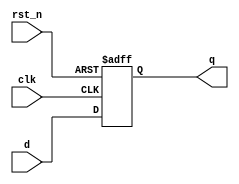
`timescale 1ns / 1ps

module d_ff_async_reset(clk,rst_n,d,q);
input clk,rst_n;
input d;
output reg q;


always @(posedge clk or negedge rst_n)begin
if(!rst_n)
      q <= 1'b0;
else
     q <= d;
end
endmodule